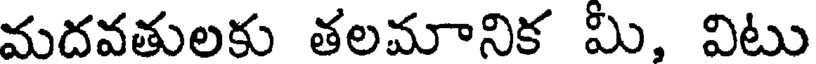
మదవతులకు తలమానిక మీ, విటు